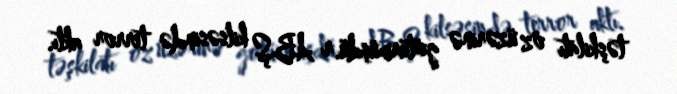
təşkilatı öz üzərinə götürmüşdü.r ABŞ kilsəsində terror aktı.